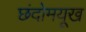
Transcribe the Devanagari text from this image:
छंदोमयूख